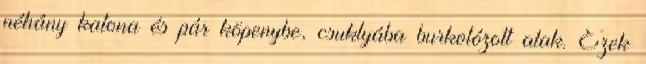
néhány katona és pár köpenybe, csuklyába burkolózott alak. Ezek